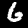
Label: 6